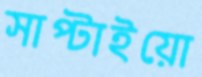
সাপ্‌টাইয়ো